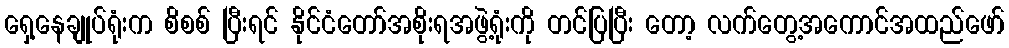
ရှေ့နေချုပ်ရုံးက စိစစ် ပြီးရင် နိုင်ငံတော်အစိုးရအဖွဲ့ရုံးကို တင်ပြပြီး တော့ လက်တွေ့အကောင်အထည်ဖော်